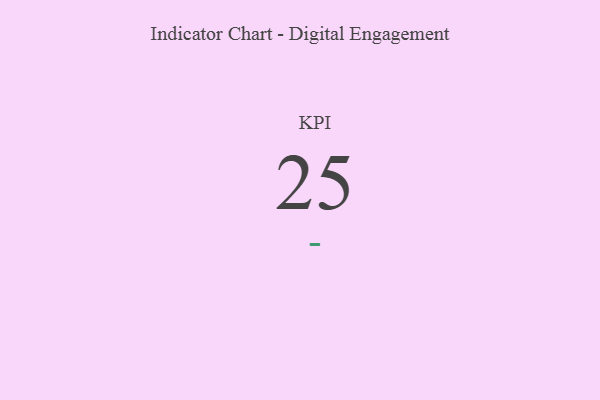
{"axis": {"x": "KPI", "y": "Value"}, "legend": [""], "data": [{"x": "KPI", "y": 25, "type": ""}]}